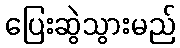
ပြေးဆွဲသွားမည်